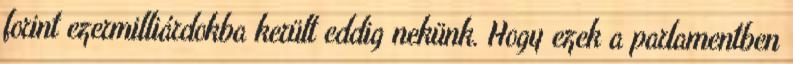
forint ezermilliárdokba került eddig nekünk. Hogy ezek a parlamentben